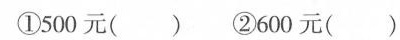
①500元( )②600元( )